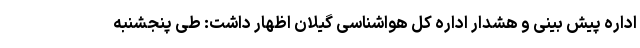
اداره پیش بینی و هشدار اداره کل هواشناسی گیلان اظهار داشت: طی پنجشنبه